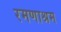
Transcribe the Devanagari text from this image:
रमणाश्रम